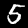
Digit: 5